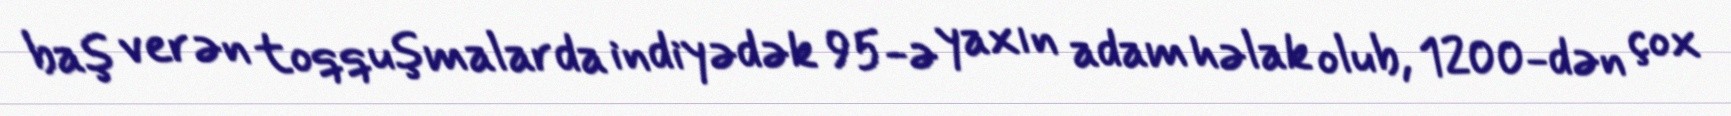
baş verən toqquşmalarda indiyədək 95-ə yaxın adam həlak olub, 1200-dən çox